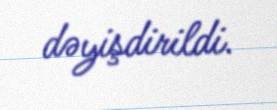
dəyişdirildi.